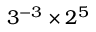
3 ^ { - 3 } \times 2 ^ { 5 }